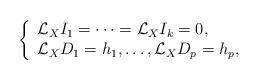
LaTeX: \begin{align*}\left\{\begin{array}{l}\mathcal{L}_{X}I_1= \dots = \mathcal{L}_{X}I_k = 0,\\\mathcal{L}_{X}D_1 = h_1, \dots, \mathcal{L}_{X}D_p = h_p,\\\end{array}\right.\end{align*}